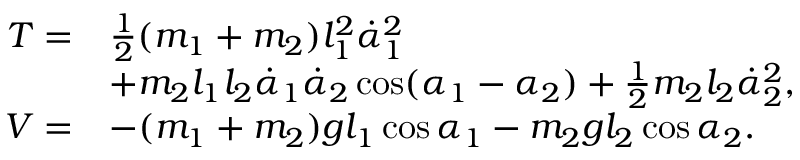
\begin{array} { r l } { T = } & { \frac { 1 } { 2 } ( m _ { 1 } + m _ { 2 } ) l _ { 1 } ^ { 2 } \dot { \alpha } _ { 1 } ^ { 2 } } \\ & { + m _ { 2 } l _ { 1 } l _ { 2 } \dot { \alpha } _ { 1 } \dot { \alpha } _ { 2 } \cos ( \alpha _ { 1 } - \alpha _ { 2 } ) + \frac { 1 } { 2 } m _ { 2 } l _ { 2 } \dot { \alpha } _ { 2 } ^ { 2 } , } \\ { V = } & { - ( m _ { 1 } + m _ { 2 } ) g l _ { 1 } \cos \alpha _ { 1 } - m _ { 2 } g l _ { 2 } \cos \alpha _ { 2 } . } \end{array}